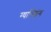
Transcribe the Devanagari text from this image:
ग्याल्शिंग